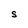
Character: S